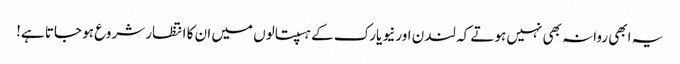
یہ ابھی روانہ بھی نہیں ہوتے کہ لندن اور نیو یارک کے ہسپتالوں میں ان کا انتظار شروع ہو جاتا ہے!